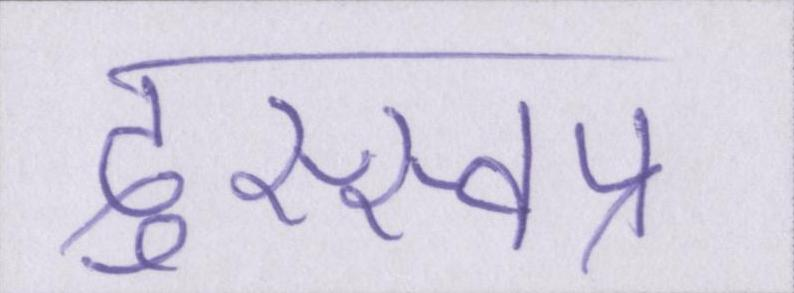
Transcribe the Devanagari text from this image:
दुस्स्वप्न